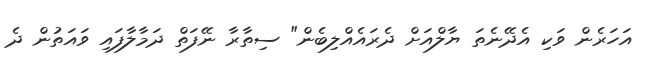
އަހަރެން ވަކި އެދޭނެތަ ޔާލްއަށް ދެރައެއްލިބެން" ސިތާރާ ނޭފަތް ދަމާލާފައި ވައަތުން ދެ